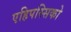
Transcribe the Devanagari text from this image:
एहिपस्सिको